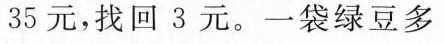
35元，找回3元。一袋绿豆多